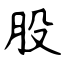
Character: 股